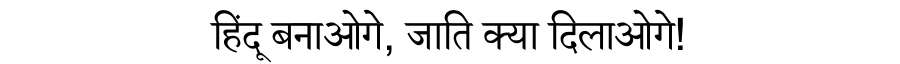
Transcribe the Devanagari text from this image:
हिंदू बनाओगे, जाति क्या दिलाओगे!